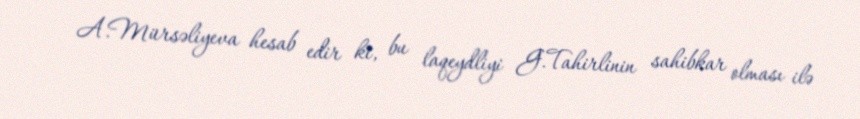
A.Mürsəliyeva hesab edir ki, bu laqeydliyi G.Tahirlinin sahibkar olması ilə